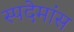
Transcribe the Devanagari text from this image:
स्पदेमांस